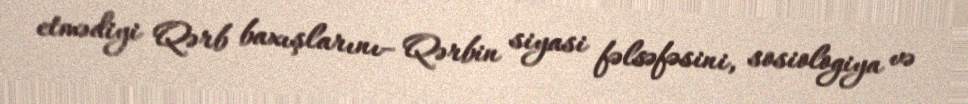
etmədiyi Qərb baxışlarını– Qərbin siyasi fəlsəfəsini, sosiologiya və